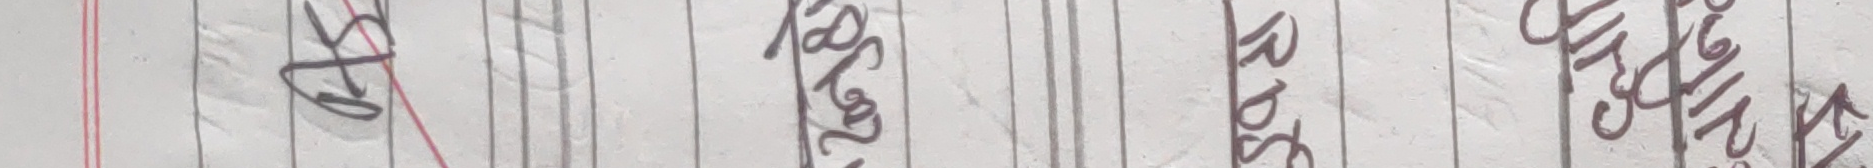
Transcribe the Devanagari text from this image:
केटीडी